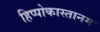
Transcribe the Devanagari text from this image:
हिप्पोकास्तानम